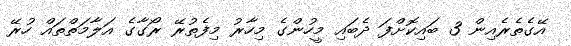
އޭގެތެރެއިން 3 ބައިކޮށްފަ ދެބައި މީހުންގެ މިހާރު މިފެތުރޭ ރޯގާގެ އަލާމަތްތައް ހުރޭ